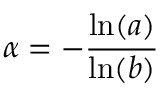
\alpha = - { \frac { \ln ( a ) } { \ln ( b ) } }